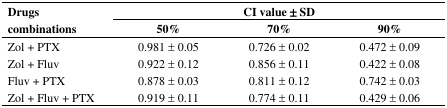
<table><thead><tr><td rowspan="3"><b>Drugs combinations</b></td><td colspan="3"><b>CI value ±SD</b></td></tr><tr><td><b>50%</b></td><td><b>70%</b></td><td><b>90%</b></td></tr></thead><tbody><tr><td>Zol + PTX</td><td>0.981 ± 0.05</td><td>0.726 ± 0.02</td><td>0.472 ± 0.09</td></tr><tr><td>Zol + Fluv</td><td>0.922 ± 0.12</td><td>0.856 ± 0.11</td><td>0.422 ± 0.08</td></tr><tr><td>Fluv + PTX</td><td>0.878 ± 0.03</td><td>0.811 ± 0.12</td><td>0.742 ± 0.03</td></tr><tr><td>Zol + Fluv + PTX</td><td>0.919 ± 0.11</td><td>0.774 ± 0.11</td><td>0.429 ± 0.06</td></tr></tbody></table>